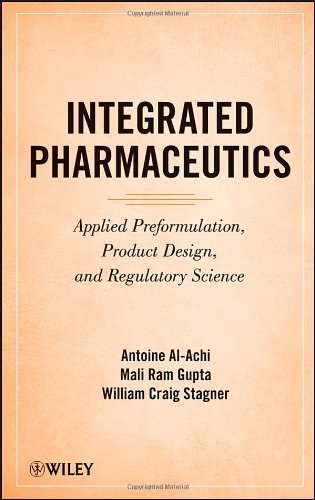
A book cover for Integrated Pharmaceutics: Applied Preformulation, Product Design, and Regulatory Science; Antoine Al-Achi; Medical Books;